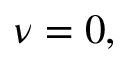
\nu = 0 ,